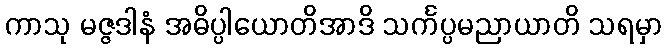
ကာသု မဇ္ဇဒါနံ အဓိပ္ပါယောတိအာဒိ သင်္ကပ္ပမညာယာတိ သရမှာ